Document type: Endowment
Year: 1330
Scribe: Arnau [Delpàs]
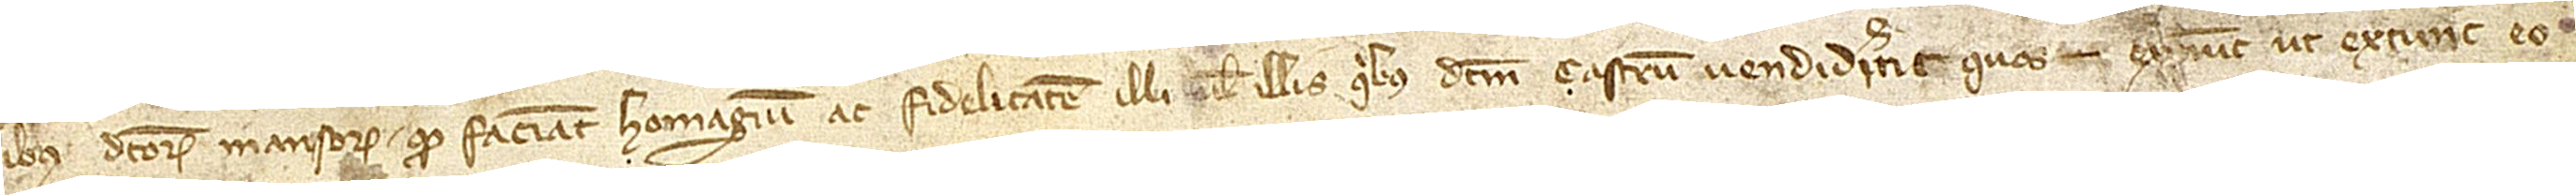
ibus dictorum manumissorum quod faciant homagium ac fidelitatem illi vel illis quibus dictum castrum vendiderint quos ex nunc ut extunc eo